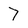
Character: 7